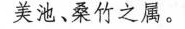
美池、桑竹之属。